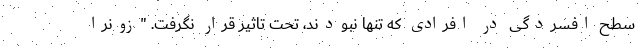
سطح افسردگی در افرادی که تنها نبودند، تحت تاثیر قرار نگرفت. "زونرا